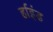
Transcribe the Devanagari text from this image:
र्हाइंड